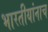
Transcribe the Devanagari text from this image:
भारतीयांनाच